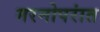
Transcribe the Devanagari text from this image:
मरनोपरांत